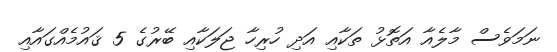
ނަމަވެސް މާލެއާ އަތޮޅު ތަކާއި އަދި ހުރިހާ ޖަލަކާއި ބޭރުގެ 5 ޤައުމެއްގައާއި